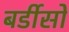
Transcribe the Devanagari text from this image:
बर्डीसो